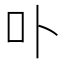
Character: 卟